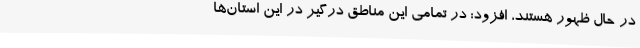
در حال ظهور هستند، افزود: در تمامی این مناطق درگیر در این استان‌ها